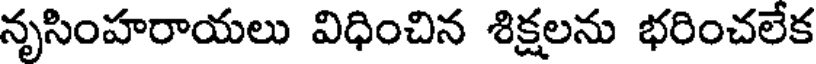
నృసింహరాయలు విధించిన శిక్షలను భరించలేక